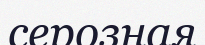
серозная